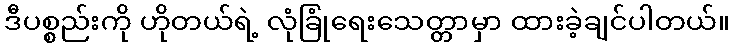
ဒီပစ္စည်းကို ဟိုတယ်ရဲ့ လုံခြုံရေးသေတ္တာမှာ ထားခဲ့ချင်ပါတယ်။